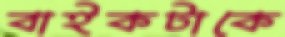
বাইকটাকে